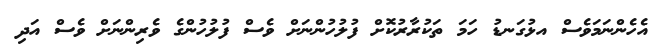
އެހެންނަމަވެސް އޅުގަނޑު ހަމަ ތަކުރާރުކޮށް ފުލުހުންނަށް ވެސް ފުލުހުންގެ ވެރިންނަށް ވެސް އަދި